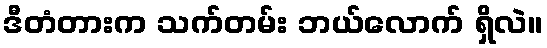
ဒီတံတားက သက်တမ်း ဘယ်လောက် ရှိလဲ။